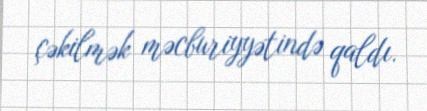
çəkilmək məcburiyyətində qaldı.